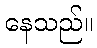
နေသည်။